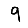
Digit: 9